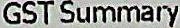
GST SUMMARY